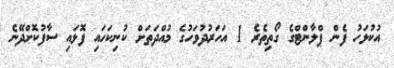
އުކުޅަހު ފެން ޕްލާންޓްގެ ގޯތިތެރެ 1 އަހަރުދުވަހުގެ މުއްދަތަށް ކުނިކަހައި ފޮޅައި ސާފުކޮށްދޭނެ